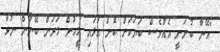
"އޭނާ ބުނަނީ އެއްވެސް ބަޔަކަށް ބޮން އަޅައި މީހުން މަރަން ބޭނުން ނުވާ